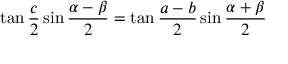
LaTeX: \tan { \frac { c } { 2 } } \sin { \frac { \alpha - \beta } { 2 } } = \tan { \frac { a - b } { 2 } } \sin { \frac { \alpha + \beta } { 2 } }